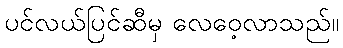
ပင်လယ်ပြင်ဆီမှ လေဝေ့လာသည်။